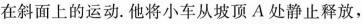
在斜面上的运动。他将小车从坡顶A处静止释放，